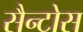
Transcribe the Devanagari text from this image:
सैन्टोस